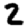
Digit: 2